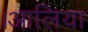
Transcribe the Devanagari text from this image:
।आलिया